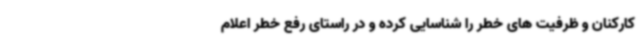
کارکنان و ظرفیت های خطر را شناسایی کرده و در راستای رفع خطر اعلام